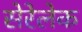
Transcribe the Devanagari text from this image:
सेरेलेक